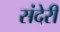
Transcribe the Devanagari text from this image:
संदेरी